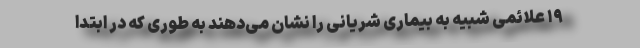
۱۹ علائمی شبیه به بیماری شریانی را نشان می‌دهند به طوری که در ابتدا